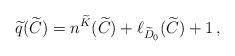
LaTeX: \begin{align*}\widetilde{q}(\widetilde{C})=n^{\widetilde{K}}(\widetilde{C})+\ell_{\widetilde{D}_0}(\widetilde{C})+1\,,\end{align*}